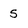
Character: 5